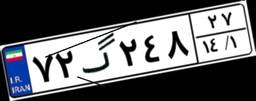
۷۲گ۲۴۸۲۷